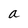
Character: a